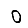
Digit: 0